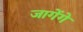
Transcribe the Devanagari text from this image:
जागेंगे